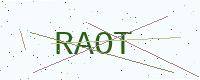
Text: RAOT